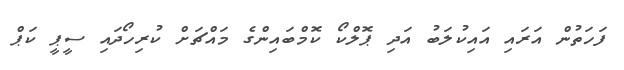
ފަހަތުން އަރައި އައިކުލަބު އަދި ޕޮލްކޯ ކޮމްބައިންގެ މައްޗަށް ކުރިހޯދައި ސީޕީ ކަޕް